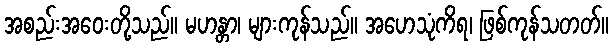
အစည်းအဝေးတို့သည်။ မဟန္တာ၊ များကုန်သည်။ အဟေသုံကိရ၊ ဖြစ်ကုန်သတတ်။